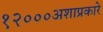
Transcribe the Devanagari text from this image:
१२०००अशाप्रकारे